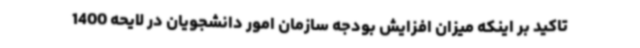
تاکید بر اینکه میزان افزایش بودجه سازمان امور دانشجویان در لایحه 1400